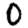
Digit: 0